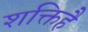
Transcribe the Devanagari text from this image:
शक्तिहै